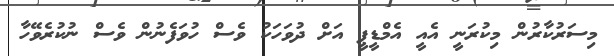
މިސަރުކާރުން މިކުރަނީ އެއީ އެމްޑީޕީ އަށް ދުވަހަކު ވެސް ހުވަފެނުން ވެސް ނުކުރެވޭހާ